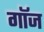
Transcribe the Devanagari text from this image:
गॉज